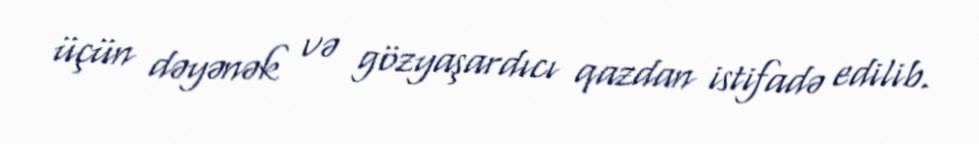
üçün dəyənək və gözyaşardıcı qazdan istifadə edilib.